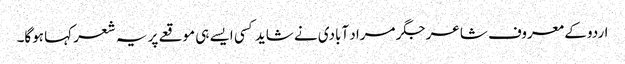
اردو کے معروف شاعر جگر مراد آبادی نے شاید کسی ایسے ہی موقعے پر یہ شعر کہا ہوگا۔